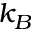
k _ { B }